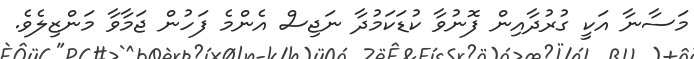
މަސާނާ އަކީ ގުރުދާއިން ފޮނުވާ ކުޑަކަމުދާ ނަޖިސް އެންމެ ފަހުން ޖަމާވާ މަންޒިލެވެ.